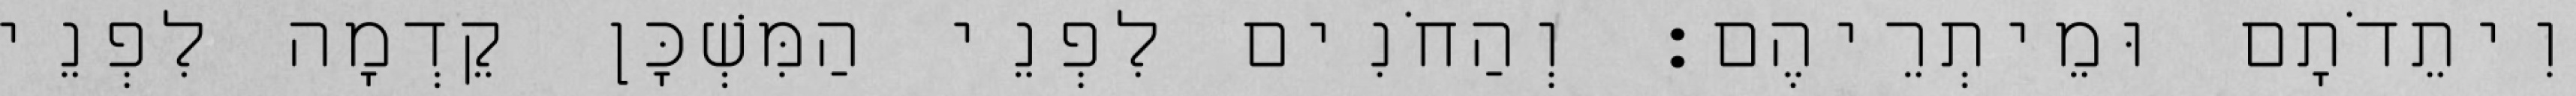
וִיתֵדֹתָם וּמֵיתְרֵיהֶם׃ וְהַחֹנִים לִפְנֵי הַמִּשְׁכָּן קֵדְמָה לִפְנֵי